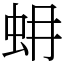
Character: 蚦